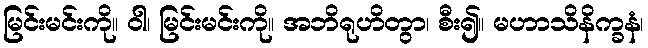
မြင်းမင်းကို။ ဝါ၊ မြင်းမင်းကို။ အဘိရုဟိတွာ၊ စီး၍။ မဟာသိနိက္ခနံ၊